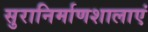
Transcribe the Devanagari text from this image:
सुरानिर्माणशालाएं